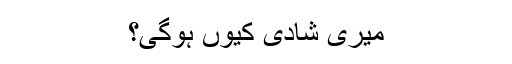
میری شادی کیوں ہوگی؟